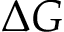
\Delta G